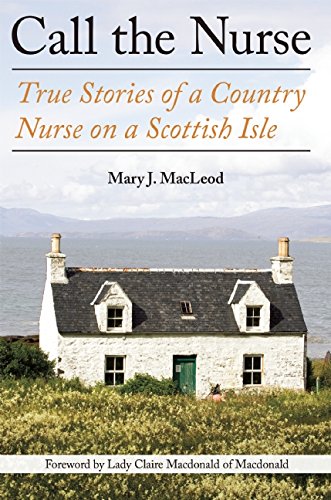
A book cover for Call the Nurse: True Stories of a Country Nurse on a Scottish Isle; Mary J MacLeod; Biographies & Memoirs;